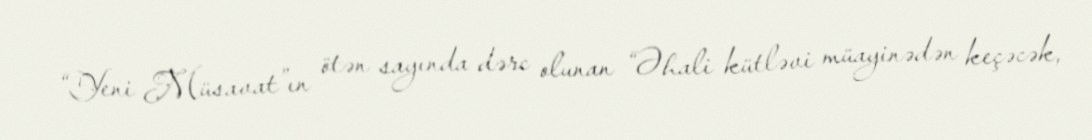
“Yeni Müsavat”ın ötən sayında dərc olunan “Əhali kütləvi müayinədən keçəcək,